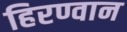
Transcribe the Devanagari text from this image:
हिरण्वान